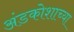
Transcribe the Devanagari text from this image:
अंडकोशाच्या